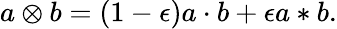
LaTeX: a\otimes b=(1-\epsilon)a\cdot b+\epsilon a*b.